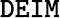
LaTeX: \tt DEIM